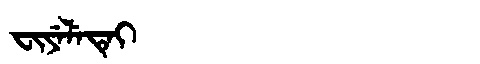
Manchu: ᠸᡳᠶᡝᠯᡝᡨᡝᡳ
Romanization: FIYELETEI